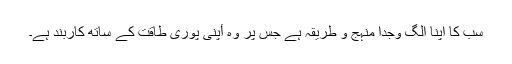
سب کا اپنا الگ وجدا منہج و طریقہ ہے جس پر وہ أپنی پورى طاقت کے ساتھ کاربند ہے۔